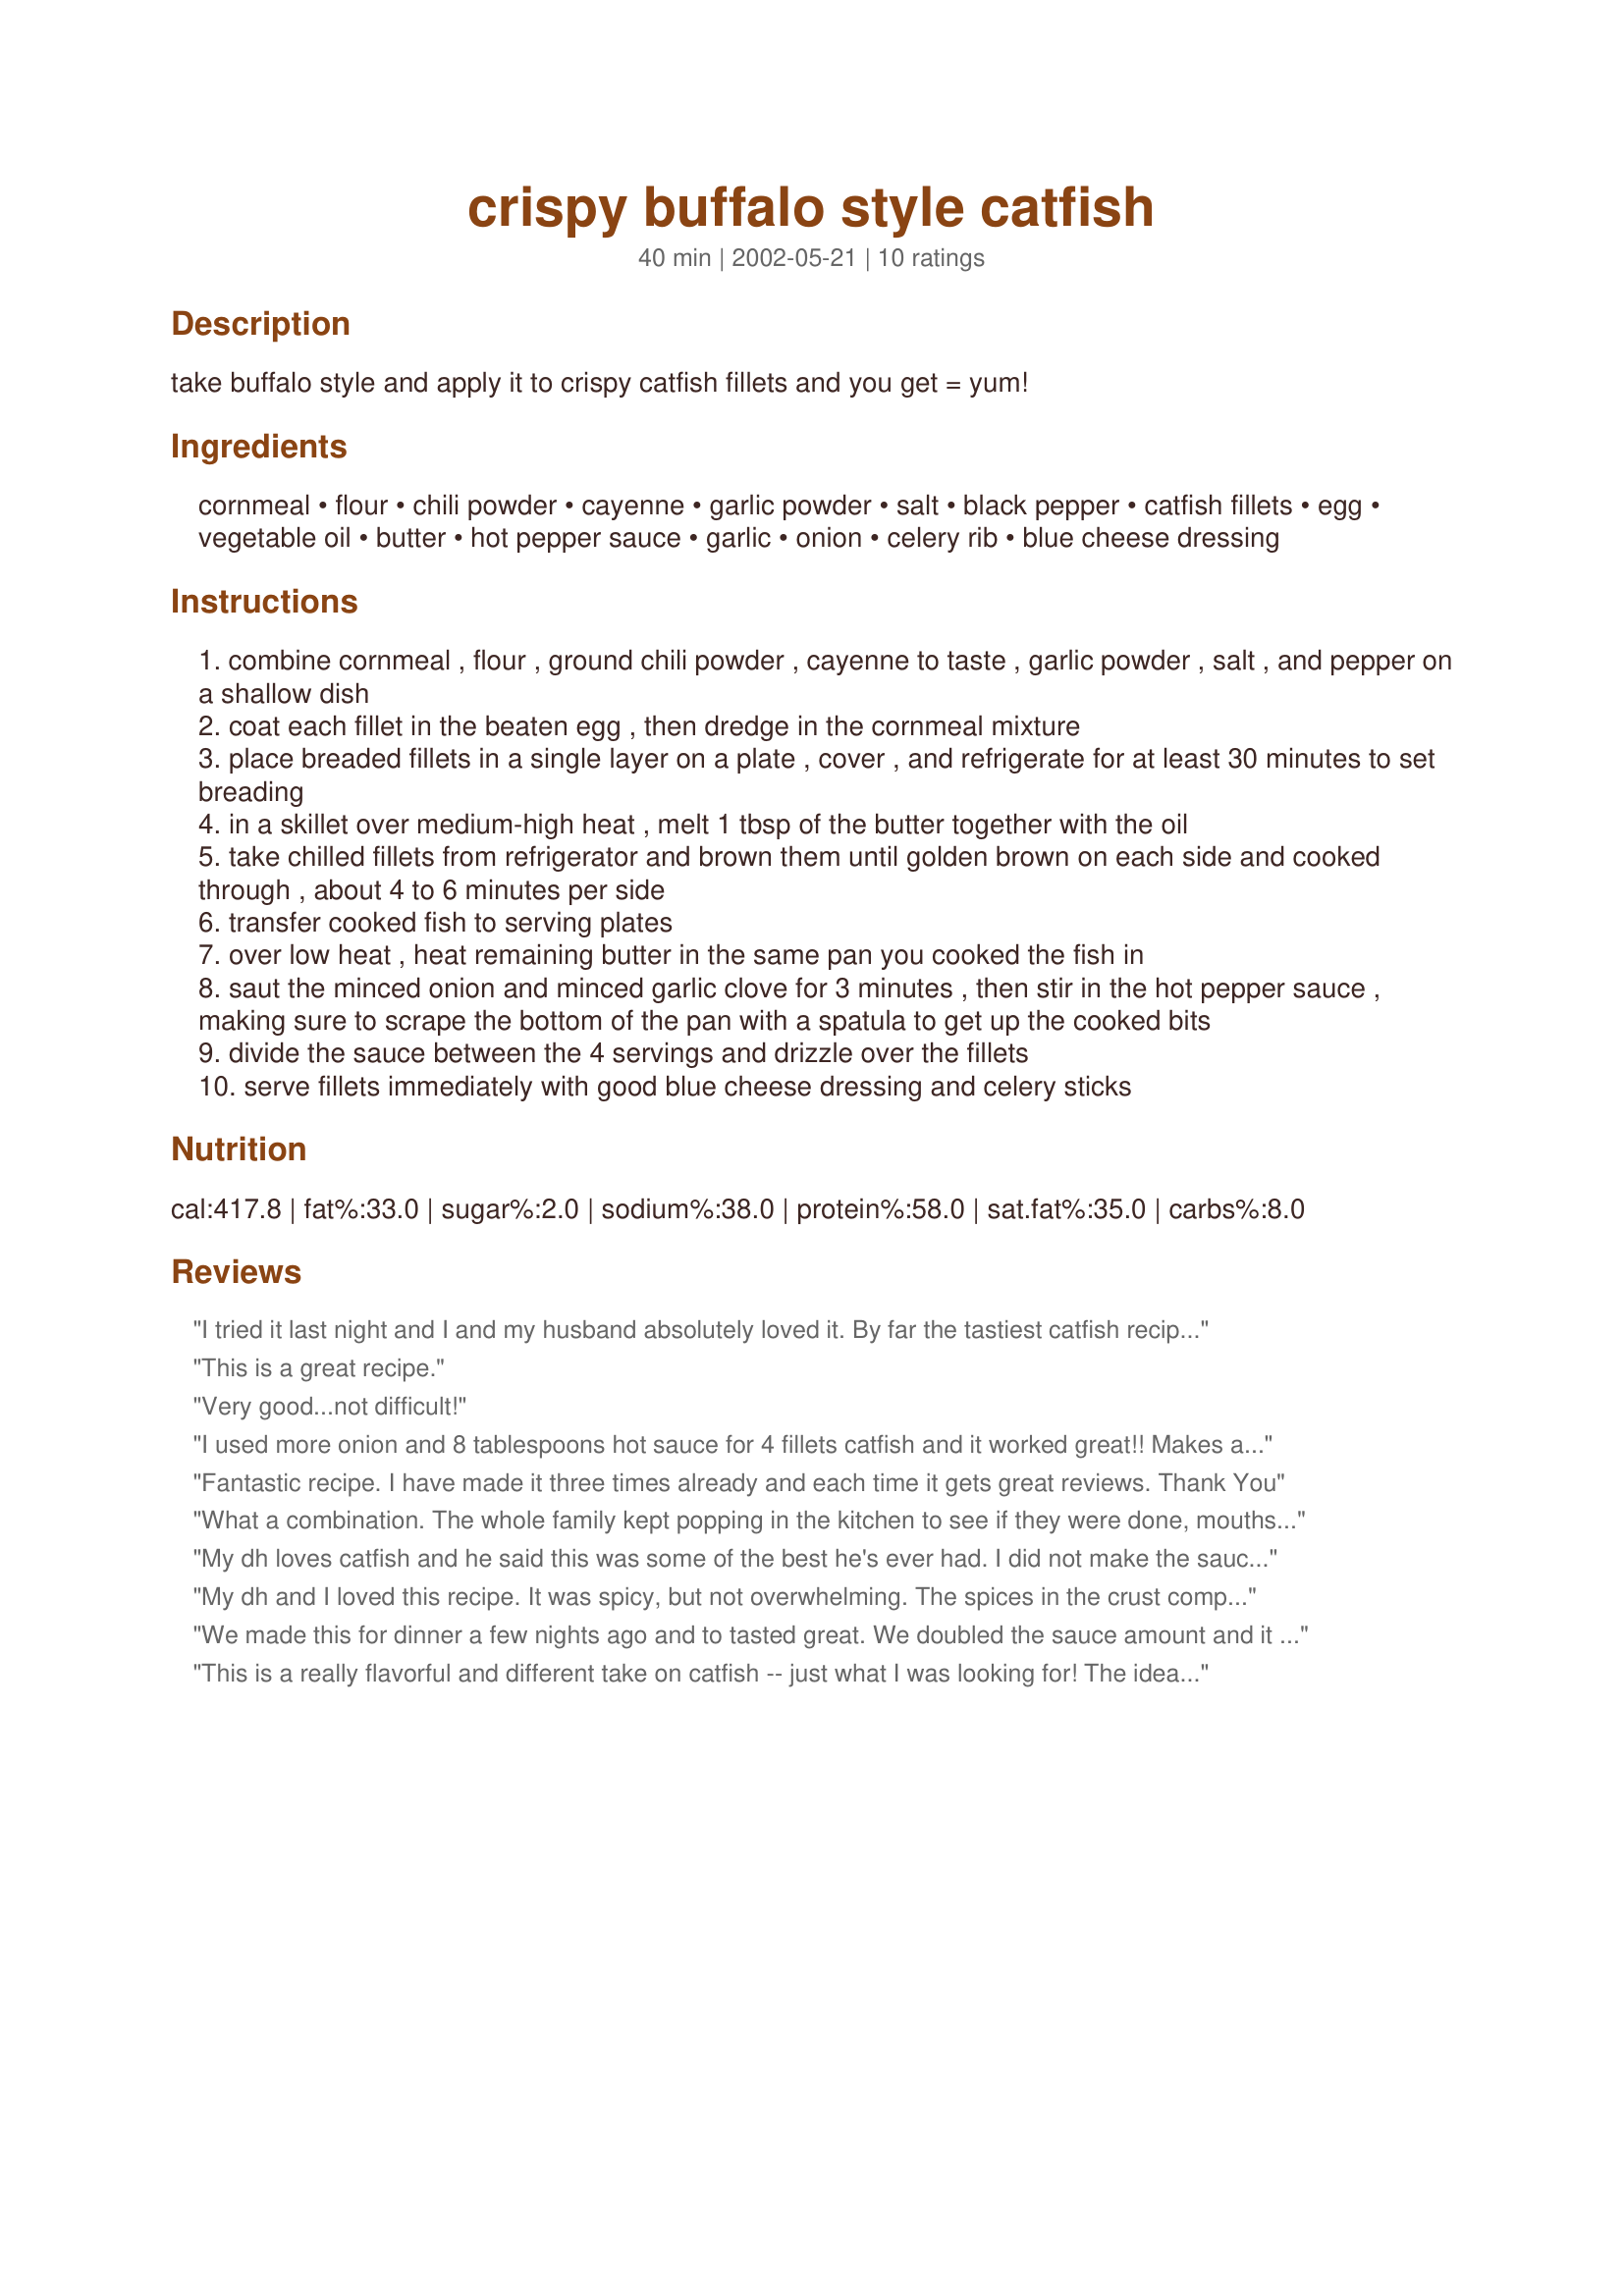
crispy buffalo style catfish
Preparation time: 40 minutes

take buffalo style and apply it to crispy catfish fillets and you get = yum!

Ingredients:
cornmeal, flour, chili powder, cayenne, garlic powder, salt, black pepper, catfish fillets, egg, vegetable oil, butter, hot pepper sauce, garlic, onion, celery rib, blue cheese dressing

Steps:
combine cornmeal , flour , ground chili powder , cayenne to taste , garlic powder , salt , and pepper on a shallow dish
coat each fillet in the beaten egg , then dredge in the cornmeal mixture
place breaded fillets in a single layer on a plate , cover , and refrigerate for at least 30 minutes to set breading
in a skillet over medium-high heat , melt 1 tbsp of the butter together with the oil
take chilled fillets from refrigerator and brown them until golden brown on each side and cooked through , about 4 to 6 minutes per side
transfer cooked fish to serving plates
over low heat , heat remaining butter in the same pan you cooked the fish in
saut the minced onion and minced garlic clove for 3 minutes , then stir in the hot pepper sauce , making sure to scrape the bottom of the pan with a spatula to get up the cooked bits
divide the sauce between the 4 servings and drizzle over the fillets
serve fillets immediately with good blue cheese dressing and celery sticks

Reviews:
I tried it last night and I and my husband absolutely loved it. By far the tastiest catfish recipe I have tried.
This is a great recipe.
Very good...not difficult!
I used more onion and 8 tablespoons hot sauce for 4 fillets catfish and it worked great!! Makes a really good and spicy sauce and the coating on the fish is good and crispy!!
Fantastic recipe. I have made it three times already and each time it gets great reviews. Thank You
What a combination. The whole family kept popping in the kitchen to see if they were done, mouths watering. Next time I'll double; 3 hungry men I hardly got a taste.
My dh loves catfish and he said this was some of the best he's ever had. I did not make the sauce as dh is a purist and only likes lemon juice on fish. My biggest problem was that I did not cook it quite long enough and had to put it back for a little more time. I will definitly make this for him again.
My dh and I loved this recipe. It was spicy, but not overwhelming. The spices in the crust complemented the hot sauce well. Only changes I made were to omit the onion, increase the garlic to three small cloves, and used 7 T. of hot sauce. Thanks for a great recipe.
We made this for dinner a few nights ago and to tasted great. We doubled the sauce amount and it still wasn't quite enough so next time we might triple it. Makes great sauce.

Update: I just noticed that the amount of hot sauce in the recipe is different from what we used. I think it originally had 2 tablespoons? So tripling 5 tablespoons as the recipe says now might be too much but I bet you could have a total of about 7 or 8 and the sauce would be fine. Experiment to see how you like it.
This is a really flavorful and different take on catfish -- just what I was looking for! The idea of so much hot pepper sauce put me off though, so I used a mixture of Frank's Red Hot Wings Buffalo Sauce (medium heat) and a regular bar-b-que sauce after sauteing the onion and garlic. I also increased the amounts quite a bit to spread it thickly on the fish. Very good, and still plenty of spicy heat, in fact, I can't imagine that we could have eaten it with straight hot pepper sauce! The blue cheese dressing was a great complement. We will definitely have this again!
